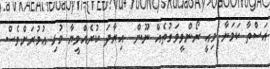
އަސްތާ ކަމަނާ މިއީ ރޯންވީވަގުތެއް ނޫން  އިރާދަ ކުރެއްވީޔާ މުޅި ޢުމުރަށްވެސް